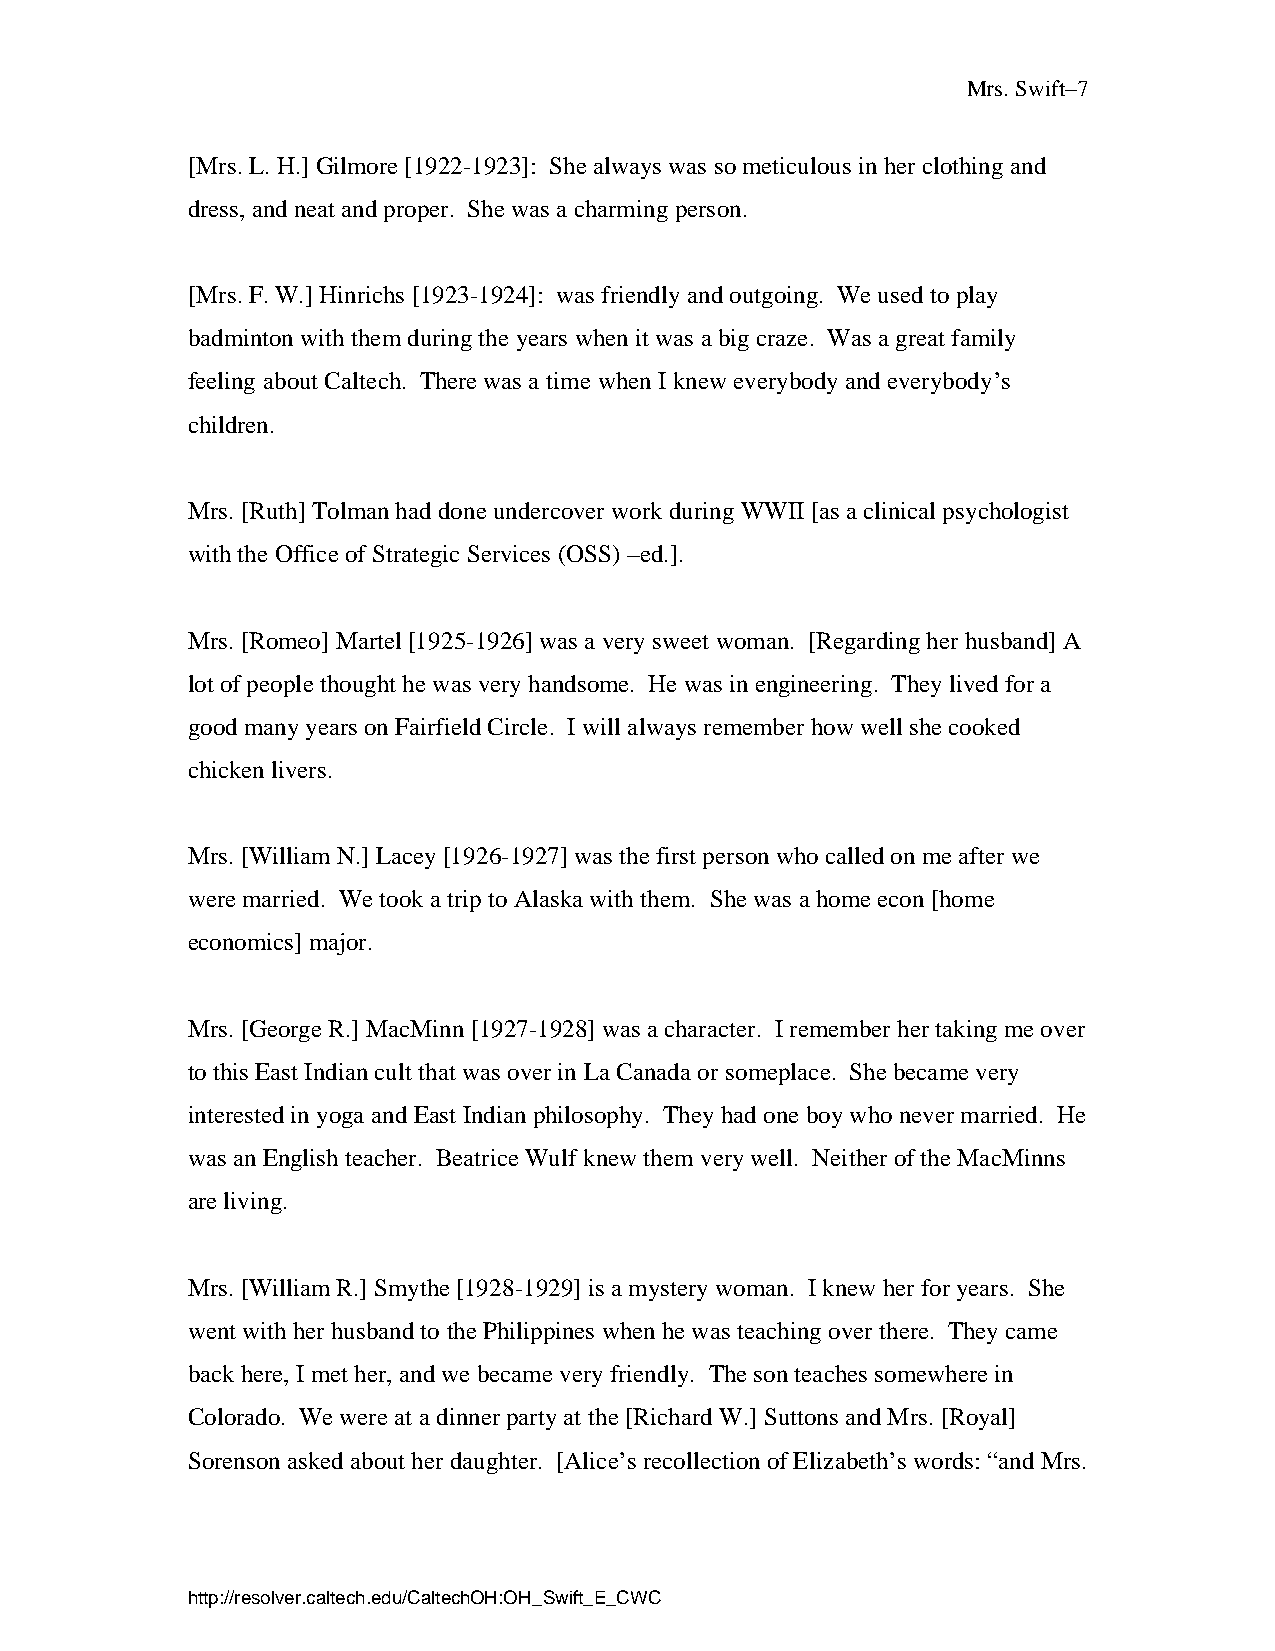
Mrs. Swift–7
 [Mrs. L. H.] Gilmore [1922-1923]: She always was so meticulous in her clothing and
 dress, and neat and proper. She was a charming person.
 [Mrs. F. W.] Hinrichs [1923-1924]: was friendly and outgoing. We used to play
 badminton with them during the years when it was a big craze. Was a great family
 feeling about Caltech. There was a time when I knew everybody and everybody’s
 children.
 Mrs. [Ruth] Tolman had done undercover work during WWII [as a clinical psychologist
 with the Office of Strategic Services (OSS) –ed.].
 Mrs. [Romeo] Martel [1925-1926] was a very sweet woman. [Regarding her husband] A
 lot of people thought he was very handsome. He was in engineering. They lived for a
 good many years on Fairfield Circle. I will always remember how well she cooked
 chicken livers.
 Mrs. [William N.] Lacey [1926-1927] was the first person who called on me after we
 were married. We took a trip to Alaska with them. She was a home econ [home
 economics] major.
 Mrs. [George R.] MacMinn [1927-1928] was a character. I remember her taking me over
 to this East Indian cult that was over in La Canada or someplace. She became very
 interested in yoga and East Indian philosophy. They had one boy who never married. He
 was an English teacher. Beatrice Wulf knew them very well. Neither of the MacMinns
 are living.
 Mrs. [William R.] Smythe [1928-1929] is a mystery woman. I knew her for years. She
 went with her husband to the Philippines when he was teaching over there. They came
 back here, I met her, and we became very friendly. The son teaches somewhere in
 Colorado. We were at a dinner party at the [Richard W.] Suttons and Mrs. [Royal]
 Sorenson asked about her daughter. [Alice’s recollection of Elizabeth’s words: “and Mrs.
 http://resolver.caltech.edu/CaltechOH:OH_Swift_E_CWC